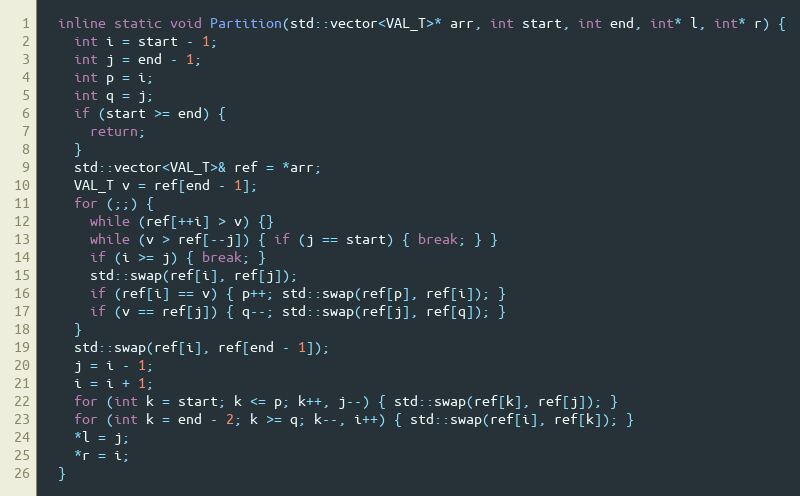
Language: C
  inline static void Partition(std::vector<VAL_T>* arr, int start, int end, int* l, int* r) {
    int i = start - 1;
    int j = end - 1;
    int p = i;
    int q = j;
    if (start >= end) {
      return;
    }
    std::vector<VAL_T>& ref = *arr;
    VAL_T v = ref[end - 1];
    for (;;) {
      while (ref[++i] > v) {}
      while (v > ref[--j]) { if (j == start) { break; } }
      if (i >= j) { break; }
      std::swap(ref[i], ref[j]);
      if (ref[i] == v) { p++; std::swap(ref[p], ref[i]); }
      if (v == ref[j]) { q--; std::swap(ref[j], ref[q]); }
    }
    std::swap(ref[i], ref[end - 1]);
    j = i - 1;
    i = i + 1;
    for (int k = start; k <= p; k++, j--) { std::swap(ref[k], ref[j]); }
    for (int k = end - 2; k >= q; k--, i++) { std::swap(ref[i], ref[k]); }
    *l = j;
    *r = i;
  }